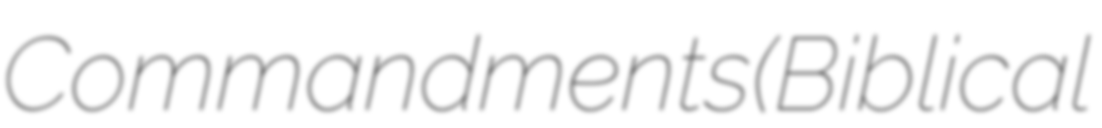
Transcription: Commandments (Biblical